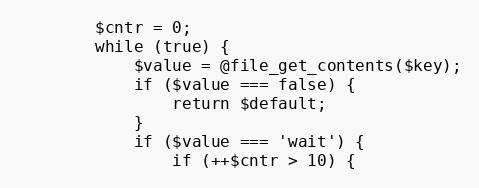
Language: PHP
        $cntr = 0;
        while (true) {
            $value = @file_get_contents($key);
            if ($value === false) {
                return $default;
            }
            if ($value === 'wait') {
                if (++$cntr > 10) {